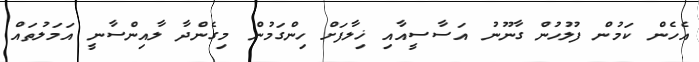
އެހެން ކަމުން ފުލުހުން ގާނޫނު އަސާސީއާއި ޚިލާފަށް ހިންގަމުން މިގެންދާ ލާއިންސާނީ އަމަލުތައް